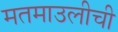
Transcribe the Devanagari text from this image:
मतमाउलीची